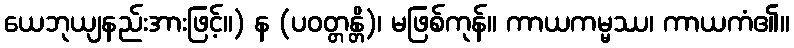
ယေဘုယျနည်းအားဖြင့်။) န (ပဝတ္တန္တိ)၊ မဖြစ်ကုန်။ ကာယကမ္မဿ၊ ကာယကံ၏။